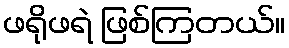
ဖရိုဖရဲ ဖြစ်ကြတယ်။